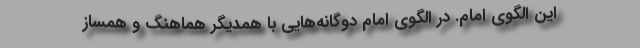
این الگوی امام. در الگوی امام دوگانه‌هایی با همدیگر هماهنگ و همساز